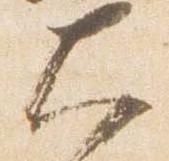
大